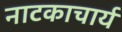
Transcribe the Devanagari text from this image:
नाटकाचार्य